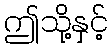
ဤသို့နှင့်